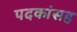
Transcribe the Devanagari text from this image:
पदकांसह